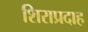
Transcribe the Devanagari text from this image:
शिराप्रदाह